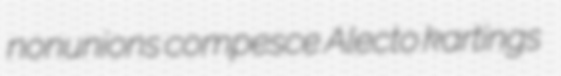
nonunions compesce Alecto kartings